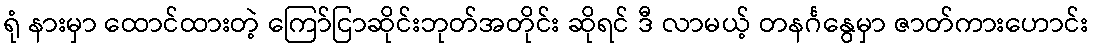
ရုံ နားမှာ ထောင်ထားတဲ့ ကြော်ငြာဆိုင်းဘုတ်အတိုင်း ဆိုရင် ဒီ လာမယ့် တနင်္ဂနွေမှာ ဇာတ်ကားဟောင်း